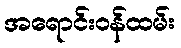
အရောင်းဝန်ထမ်း